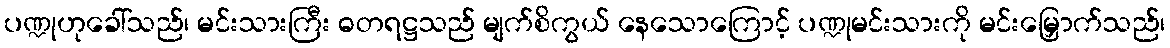
ပဏ္ဍုဟုခေါ်သည်၊ မင်းသားကြီး ဓတရဋ္ဌသည် မျက်စိကွယ် နေသောကြောင့် ပဏ္ဍုမင်းသားကို မင်းမြှောက်သည်၊